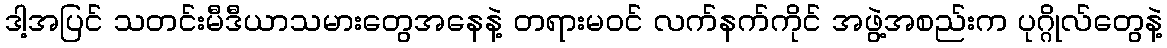
ဒါ့အပြင် သတင်းမီဒီယာသမားတွေအနေနဲ့ တရားမဝင် လက်နက်ကိုင် အဖွဲ့အစည်းက ပုဂ္ဂိုလ်တွေနဲ့